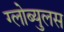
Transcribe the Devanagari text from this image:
ग्लोब्युलस